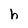
Character: h